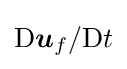
{\text{D}}{\boldsymbol {u}}_{f}/{\text{D}}t